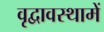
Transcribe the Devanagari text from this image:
वृद्वावस्थामें